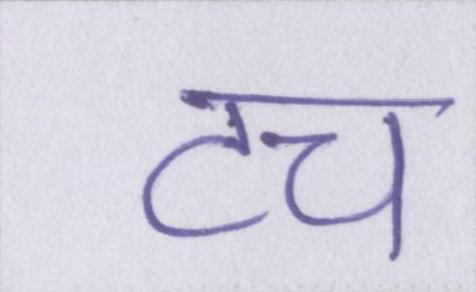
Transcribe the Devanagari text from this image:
टच